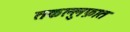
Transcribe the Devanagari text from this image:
तकल्लुफ़ात